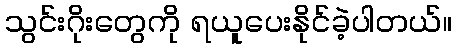
သွင်းဂိုးတွေကို ရယူပေးနိုင်ခဲ့ပါတယ်။